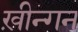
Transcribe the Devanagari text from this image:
ख़ीन्गन